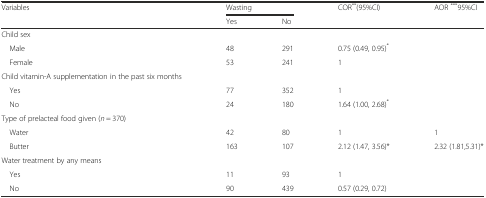
<table><thead><tr><td rowspan="2"><b>Variables</b></td><td colspan="2"><b>Wasting</b></td><td rowspan="2"><b>COR<sup>**</sup>(95%CI)</b></td><td rowspan="2"><b>AOR <sup>***</sup>95%CI</b></td></tr><tr><td><b>Yes</b></td><td><b>No</b></td></tr></thead><tbody><tr><td>Child sex</td><td></td><td></td><td></td><td rowspan="3"></td></tr><tr><td> Male</td><td>48</td><td>291</td><td>0.75 (0.49, 0.95)<sup>*</sup></td></tr><tr><td> Female</td><td>53</td><td>241</td><td>1</td></tr><tr><td>Child vitamin-A supplementation in the past six months</td><td></td><td></td><td></td><td rowspan="3"></td></tr><tr><td> Yes</td><td>77</td><td>352</td><td>1</td></tr><tr><td> No</td><td>24</td><td>180</td><td>1.64 (1.00, 2.68)<sup>*</sup></td></tr><tr><td>Type of prelacteal food given (<i>n</i> = 370)</td><td></td><td></td><td></td><td></td></tr><tr><td> Water</td><td>42</td><td>80</td><td>1</td><td>1</td></tr><tr><td> Butter</td><td>163</td><td>107</td><td>2.12 (1.47, 3.56)*</td><td>2.32 (1.81,5.31)*</td></tr><tr><td>Water treatment by any means</td><td></td><td></td><td></td><td></td></tr><tr><td> Yes</td><td>11</td><td>93</td><td>1</td><td rowspan="2"></td></tr><tr><td> No</td><td>90</td><td>439</td><td>0.57 (0.29, 0.72)</td></tr></tbody></table>